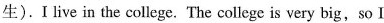
生).I live in the college.The college is very big,so I